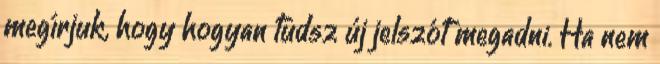
megírjuk, hogy hogyan tudsz új jelszót megadni. Ha nem